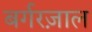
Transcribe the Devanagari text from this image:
बर्गरज़ाल